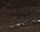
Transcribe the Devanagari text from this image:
४२९०